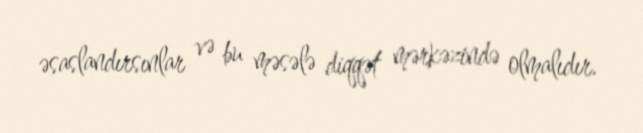
əsaslandırsınlar və bu məsələ diqqət mərkəzində olmalıdır.